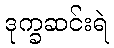
ဒုက္ခဆင်းရဲ